Leaving Certificate Examination (including Day School Certificate (Higher) General paper), 1937
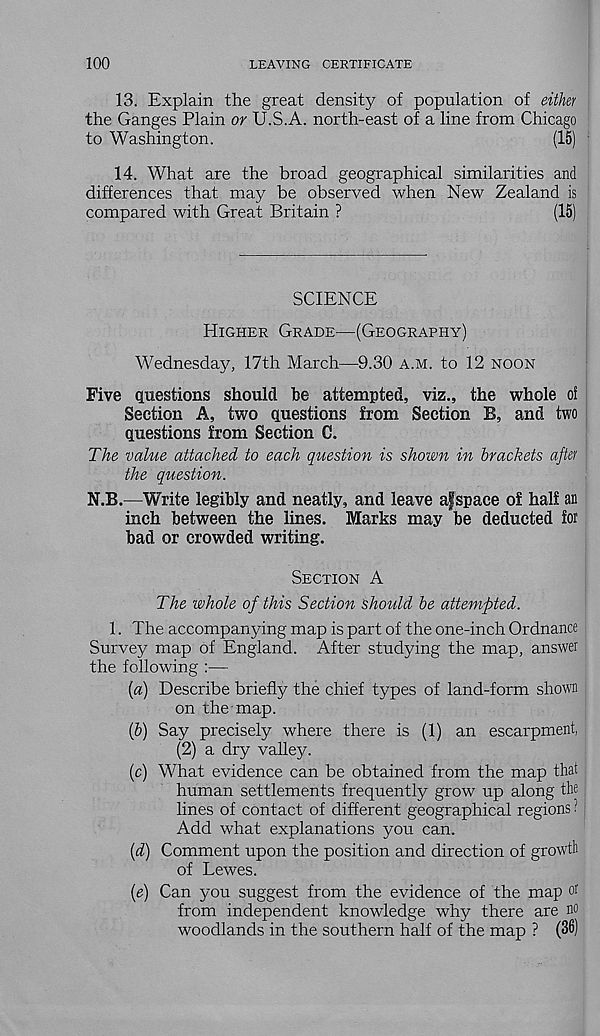
100
LEAVING CERTIFICATE
13. Explain the great density of population of either
the Ganges Plain or U.S.A. north-east of a line from Chicago
to Washington.
(15)
14. What are the broad geographical similarities and
differences that may be observed when New Zealand is
compared with Great Britain ?
(15)
SCIENCE
Higher Grade—(Geography)
Wednesday, 17th March—9.30 a.m. to 12 noon
Five questions should be attempted, viz., the whole of
Section A, two questions from Section B, and two
questions from Section C.
The value attached to each question is shown in brackets after
the question.
N.B.—Write legibly and neatly, and leave afspace of half an
inch between the lines. Marks may be deducted for
bad or crowded writing.
Section A
The whole of this Section should be attempted.
1. The accompanying map is part of the one-inch Ordnance
Survey map of England. After studying the map, answer
the following :—
[а) Describe briefly the chief types of land-form shown
on the map.
(б) Say precisely where there is (1) an escarpment,
(2) a dry valley.
(c) What evidence can be obtained from the map that
human settlements frequently grow up along the
lines of contact of different geographical regions ?
Add what explanations you can.
(d) Comment upon the position and direction of growth
of Lewes.
(e) Can you suggest from the evidence of the map o r
from independent knowledge why there are no
woodlands in the southern half of the map ? (36)